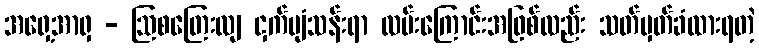
အရှေ့အာရှ - ဩစတြေးလျ ငှက်ပျံသန်းရာ လမ်းကြောင်းအဖြစ်လည်း သတ်မှတ်ခံထားရတဲ့